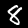
Label: 8